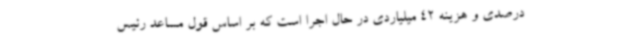
درصدی و هزینه 42 میلیاردی در حال اجرا است که بر اساس قول مساعد رئیس